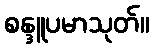
စန္ဒူပမာသုတ်။